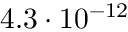
4 . 3 \cdot 1 0 ^ { - 1 2 }